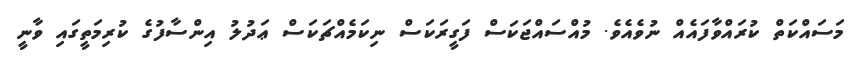
މަސައްކަތް ކުރައްވާފައެއް ނުވެއެެވެ. މުއްސައްޖަކަސް ފަގީރަކަސް ނިކަމެއްޗަކަސް ޢަދުލު އިންސާފުގެ ކުރިމަތީގައި ވާނީ